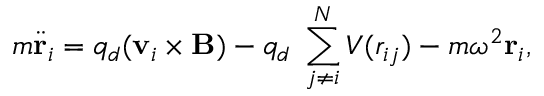
m \ddot { \mathbf { r } } _ { i } = q _ { d } ( \mathbf { v } _ { i } \times \mathbf { B } ) - q _ { d } \mathbf { \nabla } \sum _ { j \neq i } ^ { N } V ( r _ { i j } ) - m \omega ^ { 2 } \mathbf { r } _ { i } ,